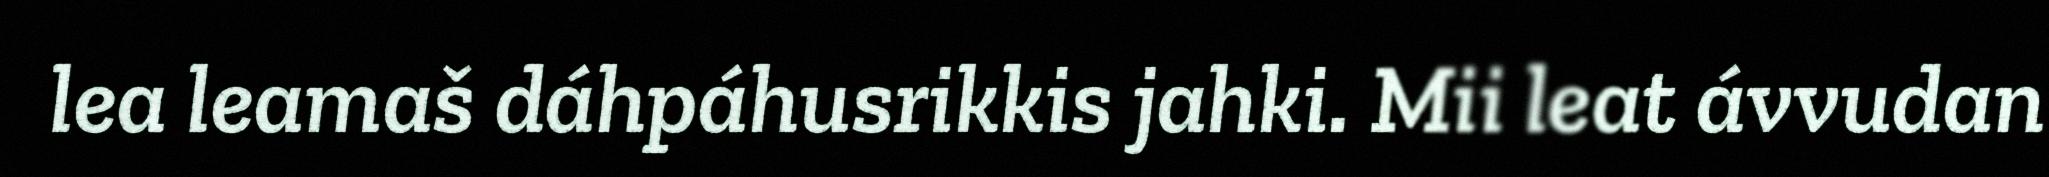
lea leamaš dáhpáhusrikkis jahki. Mii leat ávvudan